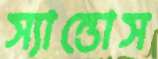
স্যান্তোস